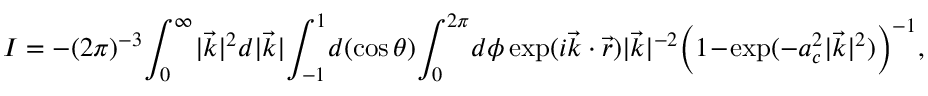
I = - ( 2 \pi ) ^ { - 3 } \! \int _ { 0 } ^ { \infty } \! | \vec { k } | ^ { 2 } d | \vec { k } | \! \int _ { - 1 } ^ { 1 } \! d ( \cos \theta ) \! \int _ { 0 } ^ { 2 \pi } \! d \phi \exp ( i \vec { k } \cdot \vec { r } ) | \vec { k } | ^ { - 2 } \! \left( 1 \! - \! \exp ( - a _ { c } ^ { 2 } | \vec { k } | ^ { 2 } ) \right) ^ { - 1 } \! ,